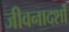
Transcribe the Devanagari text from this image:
जीवनादर्शों